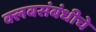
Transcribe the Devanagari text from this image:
क्लबसंबंधीचे